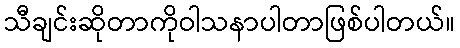
သီချင်းဆိုတာကိုဝါသနာပါတာဖြစ်ပါတယ်။